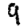
Digit: 9